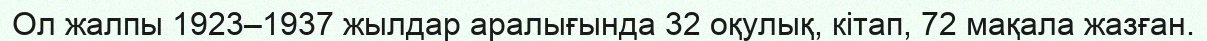
Ол жалпы 1923–1937 жылдар аралығында 32 оқулық, кітап, 72 мақала жазған.